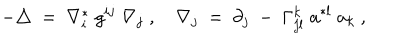
LaTeX: - \triangle \ = \ \nabla _ { i } ^ { * } \; g ^ { i j } \; \nabla _ { j } \; , \quad \nabla _ { j } \ = \ \partial _ { j } \ - \ \Gamma _ { j l } ^ { k } \; a ^ { * l } \; a _ { k } \ ,